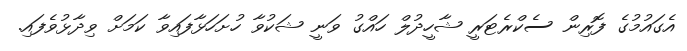
އެގައުމުގެ ފޮރިން ސެކްރެޓަރީ ޝާހީދުލް ހައްގު ވަނީ ޝަކުވާ ހުށަހަޅާފައިވާ ކަމަށް ވިދާޅުވެފައި.